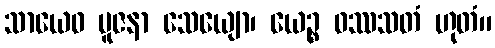
သာယေဝ ပူဇနာ သေယျော၊ ယေဉ္စ ဝဿသတံ ဟုတံ။